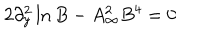
2 \partial _ { y } ^ { 2 } \ln B - A _ { \infty } ^ { 2 } B ^ { 4 } = 0